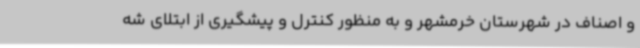
و اصناف در شهرستان خرمشهر و به منظور کنترل و پیشگیری از ابتلای شه